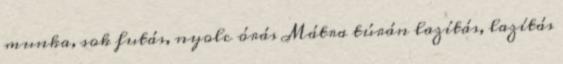
munka, sok futás, nyolc órás Mátra túrán lazítás, lazítás